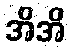
အိအိ